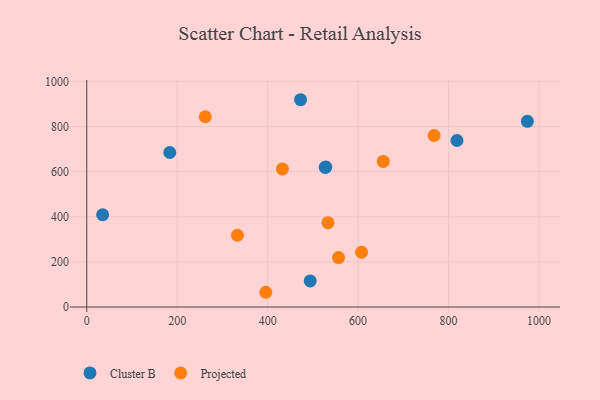
{"axis": {"x": "Experience", "y": "Rating"}, "legend": ["Cluster B", "Projected"], "data": [{"x": "527.3", "y": 618.8, "type": "Cluster B"}, {"x": "528.5", "y": 620.1, "type": "Cluster B"}, {"x": "183.6", "y": 684.7, "type": "Cluster B"}, {"x": "818.6", "y": 738.0, "type": "Cluster B"}, {"x": "472.8", "y": 918.7, "type": "Cluster B"}, {"x": "35.1", "y": 409.0, "type": "Cluster B"}, {"x": "494.1", "y": 115.6, "type": "Cluster B"}, {"x": "974.3", "y": 823.1, "type": "Cluster B"}, {"x": "533.4", "y": 373.7, "type": "Projected"}, {"x": "556.7", "y": 219.0, "type": "Projected"}, {"x": "262.1", "y": 843.3, "type": "Projected"}, {"x": "333.3", "y": 318.1, "type": "Projected"}, {"x": "395.9", "y": 65.3, "type": "Projected"}, {"x": "432.7", "y": 611.8, "type": "Projected"}, {"x": "607.6", "y": 242.8, "type": "Projected"}, {"x": "655.6", "y": 645.1, "type": "Projected"}, {"x": "768.0", "y": 760.2, "type": "Projected"}]}